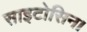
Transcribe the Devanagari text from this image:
साइटोसिन।